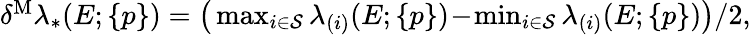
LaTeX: \begin{array}{r}{\delta^{\mathrm{M}}\lambda_{*}(E;\{ p\} )=\big(\operatorname*{max}_{i\in\cal{S}}\lambda_{(i)}(E;\{ p\} )\! -\! \operatorname*{min}_{i\in\cal{S}}\lambda_{(i)}(E;\{ p\} )\big)/2,}\end{array}